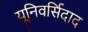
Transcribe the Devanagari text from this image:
यूनिवर्सिदाद